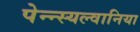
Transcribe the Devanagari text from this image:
पेन्न्स्यल्वानिया